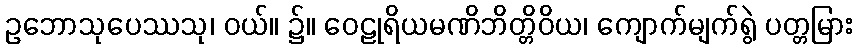
ဥဘောသုပေဿသု၊ ဝယ်။ ၌။ ဝေဠုရိယမဏိဘိတ္တိဝိယ၊ ကျောက်မျက်ရွဲ ပတ္တမြား